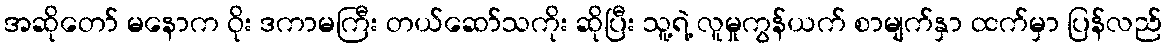
အဆိုတော် မနောက ဝိုး ဒကာမကြီး တယ်ဆော်သကိုး ဆိုပြီး သူ့ရဲ့ လူမှုကွန်ယက် စာမျက်နှာ ထက်မှာ ပြန်လည်